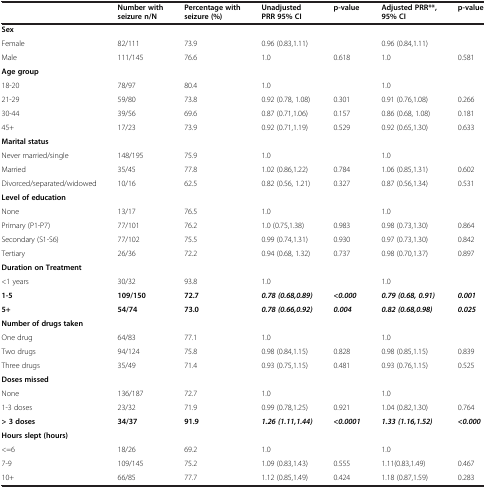
<table><thead><tr><td><b> </b></td><td><b>Number with seizure n/N</b></td><td><b>Percentage with seizure (%)</b></td><td><b>Unadjusted PRR 95% CI</b></td><td><b>p-value</b></td><td><b>Adjusted PRR**, 95% CI</b></td><td><b>p-value</b></td></tr></thead><tbody><tr><td colspan="7"><b>Sex</b></td></tr><tr><td>Female</td><td>82/111</td><td>73.9</td><td>0.96 (0.83,1.11)</td><td> </td><td>0.96 (0.84,1.11)</td><td> </td></tr><tr><td>Male</td><td>111/145</td><td>76.6</td><td>1.0</td><td>0.618</td><td>1.0</td><td>0.581</td></tr><tr><td colspan="7"><b>Age group</b></td></tr><tr><td>18-20</td><td>78/97</td><td>80.4</td><td>1.0</td><td> </td><td>1.0</td><td> </td></tr><tr><td>21-29</td><td>59/80</td><td>73.8</td><td>0.92 (0.78, 1.08)</td><td>0.301</td><td>0.91 (0.76,1.08)</td><td>0.266</td></tr><tr><td>30-44</td><td>39/56</td><td>69.6</td><td>0.87 (0.71,1.06)</td><td>0.157</td><td>0.86 (0.68, 1.08)</td><td>0.181</td></tr><tr><td>45+</td><td>17/23</td><td>73.9</td><td>0.92 (0.71,1.19)</td><td>0.529</td><td>0.92 (0.65,1.30)</td><td>0.633</td></tr><tr><td colspan="7"><b>Marital status</b></td></tr><tr><td>Never married/single</td><td>148/195</td><td>75.9</td><td>1.0</td><td> </td><td>1.0</td><td> </td></tr><tr><td>Married</td><td>35/45</td><td>77.8</td><td>1.02 (0.86,1.22)</td><td>0.784</td><td>1.06 (0.85,1.31)</td><td>0.602</td></tr><tr><td>Divorced/separated/widowed</td><td>10/16</td><td>62.5</td><td>0.82 (0.56, 1.21)</td><td>0.327</td><td>0.87 (0.56,1.34)</td><td>0.531</td></tr><tr><td colspan="7"><b>Level of education</b></td></tr><tr><td>None</td><td>13/17</td><td>76.5</td><td>1.0</td><td> </td><td>1.0</td><td> </td></tr><tr><td>Primary (P1-P7)</td><td>77/101</td><td>76.2</td><td>1.0 (0.75,1.38)</td><td>0.983</td><td>0.98 (0.73,1.30)</td><td>0.864</td></tr><tr><td>Secondary (S1-S6)</td><td>77/102</td><td>75.5</td><td>0.99 (0.74,1.31)</td><td>0.930</td><td>0.97 (0.73,1.30)</td><td>0.842</td></tr><tr><td>Tertiary</td><td>26/36</td><td>72.2</td><td>0.94 (0.68, 1.32)</td><td>0.737</td><td>0.98 (0.70,1.37)</td><td>0.897</td></tr><tr><td colspan="7"><b>Duration on Treatment</b></td></tr><tr><td>&lt;1 years</td><td>30/32</td><td>93.8</td><td>1.0</td><td> </td><td>1.0</td><td> </td></tr><tr><td><b>1-5</b></td><td><b>109/150</b></td><td><b>72.7</b></td><td><b><i>0.78 (0.68,0.89)</i></b></td><td><b><i>&lt;0.000</i></b></td><td><b><i>0.79 (0.68, 0.91)</i></b></td><td><b><i>0.001</i></b></td></tr><tr><td><b>5+</b></td><td><b>54/74</b></td><td><b>73.0</b></td><td><b><i>0.78 (0.66,0.92)</i></b></td><td><b><i>0.004</i></b></td><td><b><i>0.82 (0.68,0.98)</i></b></td><td><b><i>0.025</i></b></td></tr><tr><td colspan="7"><b>Number of drugs taken</b></td></tr><tr><td>One drug</td><td>64/83</td><td>77.1</td><td>1.0</td><td> </td><td>1.0</td><td> </td></tr><tr><td>Two drugs</td><td>94/124</td><td>75.8</td><td>0.98 (0.84,1.15)</td><td>0.828</td><td>0.98 (0.85,1.15)</td><td>0.839</td></tr><tr><td>Three drugs</td><td>35/49</td><td>71.4</td><td>0.93 (0.75,1.15)</td><td>0.481</td><td>0.93 (0.76,1.15)</td><td>0.525</td></tr><tr><td colspan="7"><b>Doses missed</b></td></tr><tr><td>None</td><td>136/187</td><td>72.7</td><td>1.0</td><td> </td><td>1.0</td><td> </td></tr><tr><td>1-3 doses</td><td>23/32</td><td>71.9</td><td>0.99 (0.78,1.25)</td><td>0.921</td><td>1.04 (0.82,1.30)</td><td>0.764</td></tr><tr><td><b>&gt; 3 doses</b></td><td><b>34/37</b></td><td><b>91.9</b></td><td><b><i>1.26 (1.11,1.44)</i></b></td><td><b><i>&lt;0.0001</i></b></td><td><b><i>1.33 (1.16,1.52)</i></b></td><td><b><i>&lt;0.000</i></b></td></tr><tr><td colspan="7"><b>Hours slept (hours)</b></td></tr><tr><td>&lt;=6</td><td>18/26</td><td>69.2</td><td>1.0</td><td> </td><td>1.0</td><td> </td></tr><tr><td>7-9</td><td>109/145</td><td>75.2</td><td>1.09 (0.83,1.43)</td><td>0.555</td><td>1.11(0.83,1.49)</td><td>0.467</td></tr><tr><td>10+</td><td>66/85</td><td>77.7</td><td>1.12 (0.85,1.49)</td><td>0.424</td><td>1.18 (0.87,1.59)</td><td>0.283</td></tr></tbody></table>